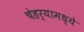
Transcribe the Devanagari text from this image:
चेहर्‍यामध्ये